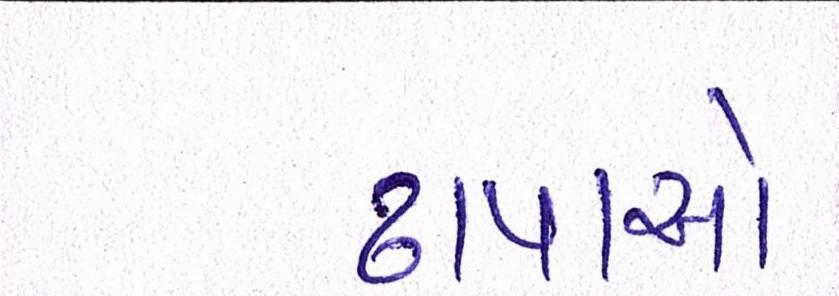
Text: ઢાપાએ